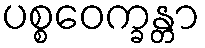
ပစ္စဝေက္ခန္တာ